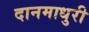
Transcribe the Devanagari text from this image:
दानमाधुरी